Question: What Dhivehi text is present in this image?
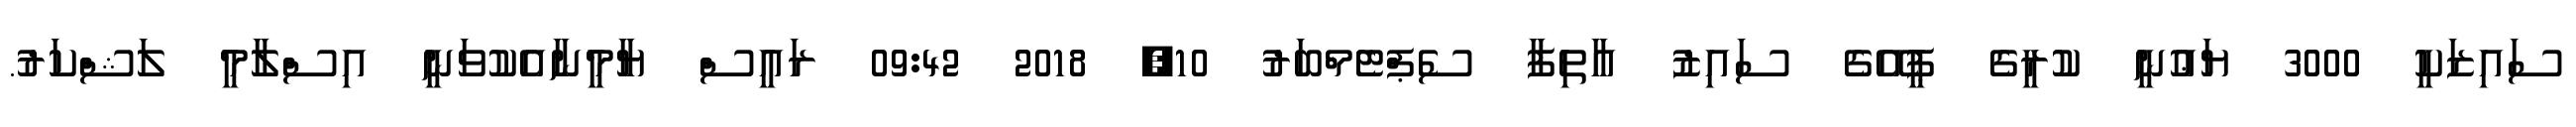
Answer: ސައިޒަކީ 3000 ޔަޢުނީ ކުރީގެ ޕީއޭގެ ސައިޒު އާތިފާ ސެޕްޓެމްބަރު 10, 2018 09:42 ރައީސް ޔާމީނާއެކުވަނީ އިސްލާމީ ލަޝްކަރު.